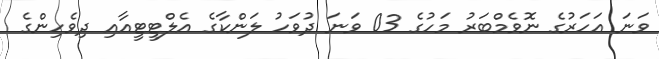
ވަނަ އަހަރުގެ ނޮވެމްބަރު މަހުގެ 03 ވަނަ ދުވަހު ލަންކާގެ އެލްޓީޓީއާއި ދިވެހިންގެ